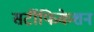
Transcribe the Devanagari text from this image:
सर्टीफिकेशन